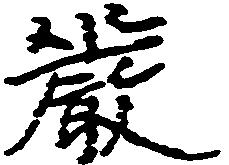
厳